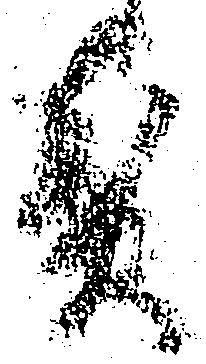
煎